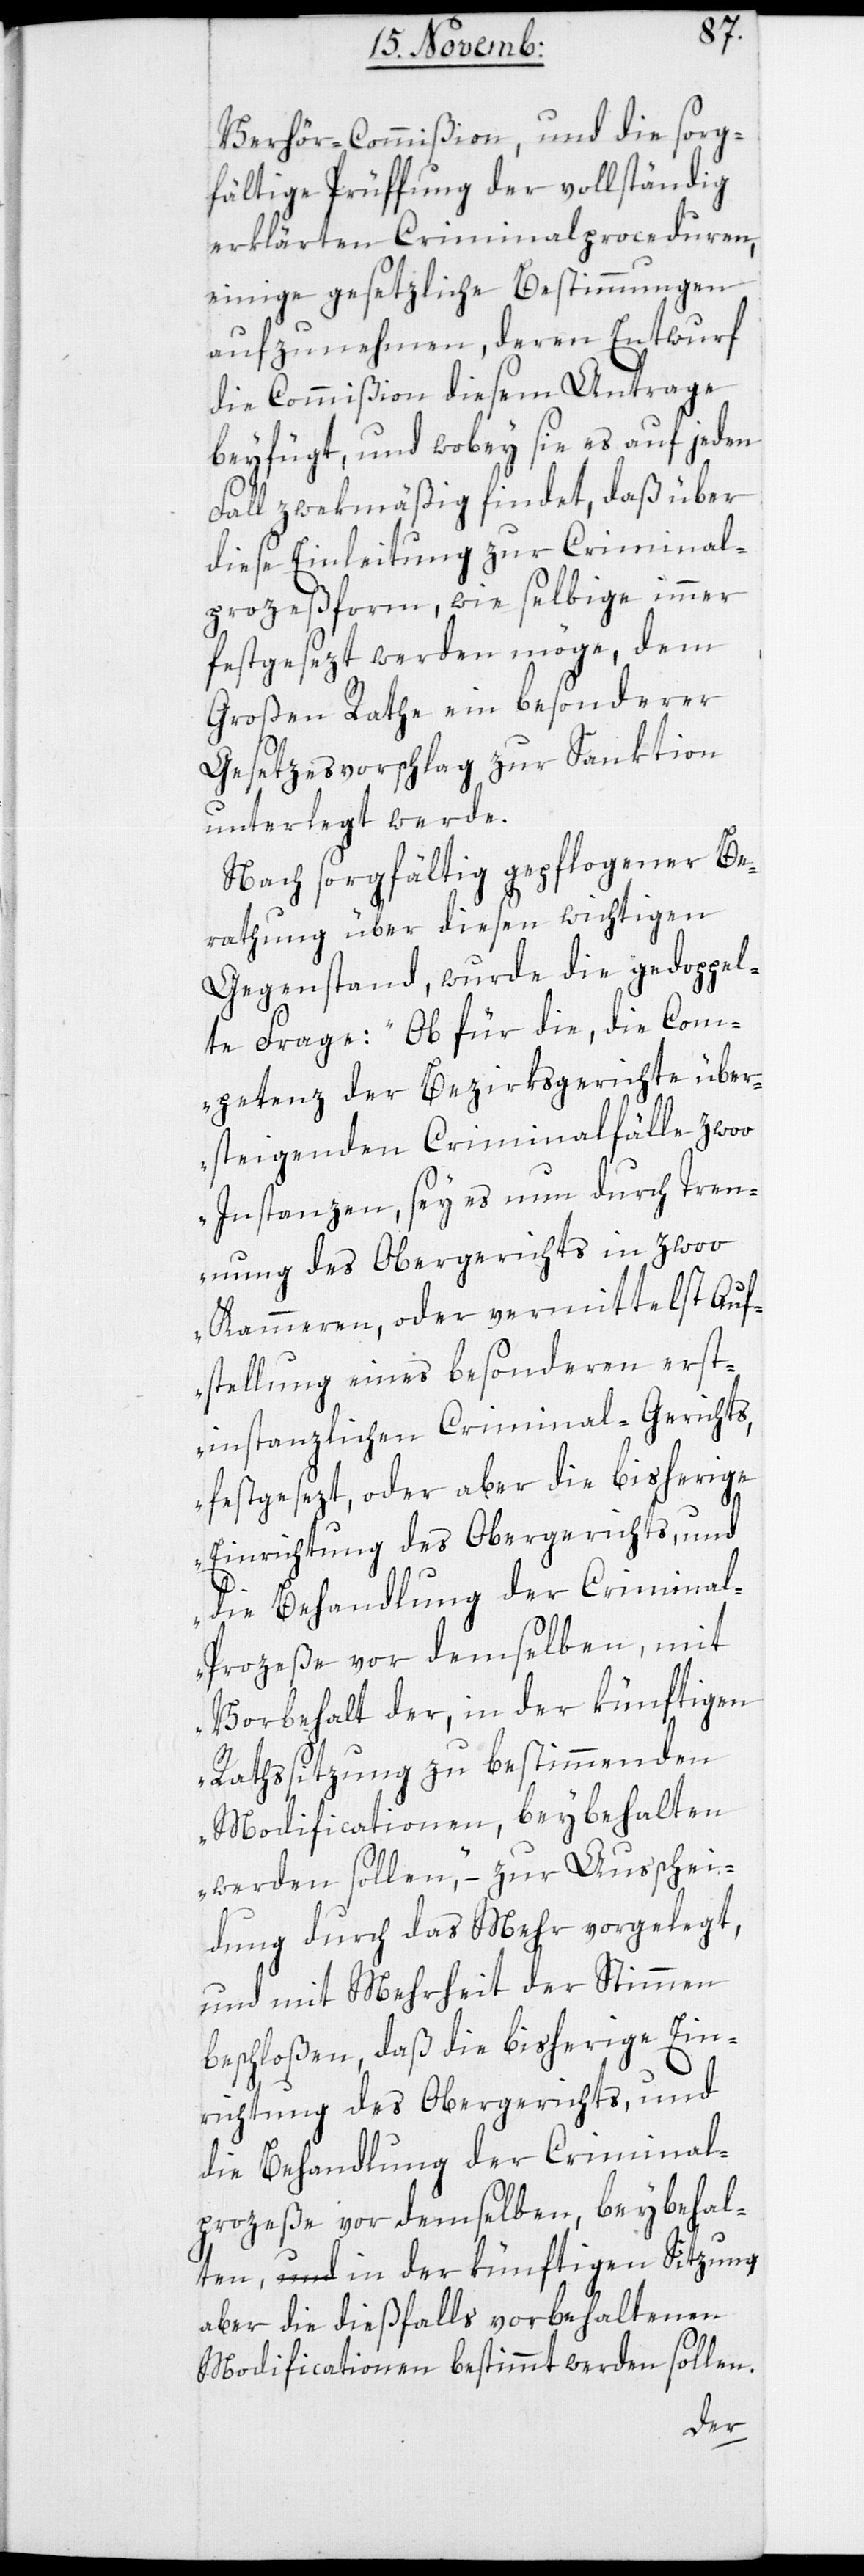
Verhör-Commißion und die sorg¬
fältige Prüfung der vollständig
erklärten Criminalproceduren,
einige gesetzliche Bestimmungen
aufzunehmen, deren Entwurf
die Commißion diesem Antrage
beyfügt, und wobey sie es auf jeden
Fall zwekmäßig findet, daß über
diese Einleitung zur Criminal¬
prozeßform, wie selbige immer
festgesezt werden möge, dem
Großen Rathe ein besonderer
Gesetzesvorschlag zur Sanktion
unterlegt werde.
Nach sorgfältig gepflogener Be¬
rathung über diesen wichtigen
Gegenstand, wurde die gedoppel¬
te frage: „Ob für die, die Com¬
petenz der Bezirksgerichte über¬
steigenden Criminalfälle zwoo
Instanzen, sey es nun durch Tren¬
nung des Obergerichts in zwoo
Kammeren, oder vermittelst Auf¬
stellung eines besonderen erst¬
instanzlichen Criminal-Gerichts,
festgesezt, oder aber die bisherige
Einrichtung des Obergerichts, und
die Behandlung der Crimina¬
l-Prozeße vor demselben, mit
Vorbehalt der, in der künftigen
Rathssitzung zu bestimmenden
Modificationen, beybehalten
werden sollen“, – zur Auschei¬
dung durch das Mehr vorgelegt,
und mit Mehrheit der Stimmen
beschloßen, daß die bisherige Ein¬
richtung des Obergerichts, und
die Behandlung der Criminal¬
prozeße vor demselben, beybehal¬
ten, in der künftigen Sitzung
aber die dießfalls vorbehaltenen
Modificationen bestimmt werden sollen.